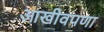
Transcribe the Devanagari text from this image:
आखीवपणा